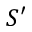
S ^ { \prime }